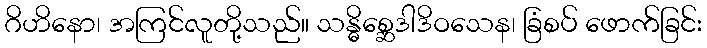
ဂိဟိနော၊ အကြင်လူတို့သည်။ သန္ဓိစ္ဆေဒါဒိဝသေန၊ ခြံစပ် ဖောက်ခြင်း